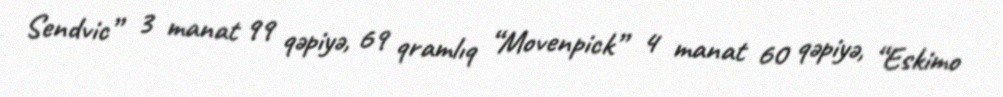
Sendvic” 3 manat 99 qəpiyə, 69 qramlıq “Movenpick” 4 manat 60 qəpiyə, “Eskimo